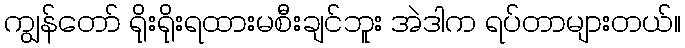
ကျွန်တော် ရိုးရိုးရထားမစီးချင်ဘူး အဲဒါက ရပ်တာများတယ်။